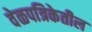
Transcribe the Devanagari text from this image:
वेळपत्रिकेतील